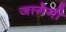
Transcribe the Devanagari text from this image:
जागेगी